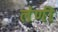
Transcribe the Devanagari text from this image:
लेणीं